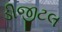
ડીજીટલ